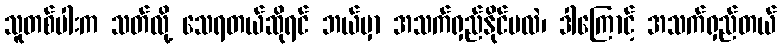
သူတစ်ပါးက သတ်လို့ သေရတယ်ဆိုရင် ဘယ်မှာ အသက်ရှည်နိုင်မလဲ၊ ဒါကြောင့် အသက်ရှည်တယ်